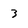
Character: 3